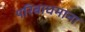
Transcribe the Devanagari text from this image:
परिबाधमाना